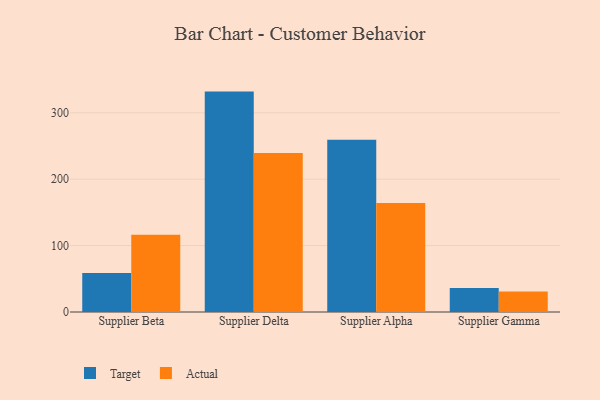
{"axis": {"x": "Supplier", "y": "Budget (USD K)"}, "legend": ["Actual", "Target"], "data": [{"x": "Supplier Beta", "y": 58.6, "type": "Target"}, {"x": "Supplier Beta", "y": 116.2, "type": "Actual"}, {"x": "Supplier Delta", "y": 331.9, "type": "Target"}, {"x": "Supplier Delta", "y": 239.3, "type": "Actual"}, {"x": "Supplier Alpha", "y": 259.5, "type": "Target"}, {"x": "Supplier Alpha", "y": 164.3, "type": "Actual"}, {"x": "Supplier Gamma", "y": 36.3, "type": "Target"}, {"x": "Supplier Gamma", "y": 31.0, "type": "Actual"}]}